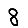
Digit: 8